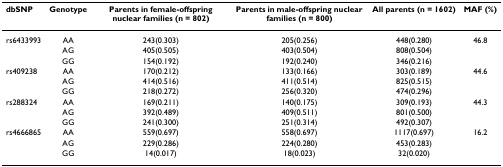
<table><thead><tr><td><b>dbSNP</b></td><td><b>Genotype</b></td><td><b>Parents in female-offspring nuclear families (n = 802)</b></td><td><b>Parents in male-offspring nuclear families (n = 800)</b></td><td><b>All parents (n = 1602)</b></td><td><b>MAF (%)</b></td></tr></thead><tbody><tr><td>rs6433993</td><td>AA</td><td>243(0.303)</td><td>205(0.256)</td><td>448(0.280)</td><td>46.8</td></tr><tr><td>[EMPTY_CELL]</td><td>AG</td><td>405(0.505)</td><td>403(0.504)</td><td>808(0.504)</td><td>[EMPTY_CELL]</td></tr><tr><td>[EMPTY_CELL]</td><td>GG</td><td>154(0.192)</td><td>192(0.240)</td><td>346(0.216)</td><td>[EMPTY_CELL]</td></tr><tr><td>rs409238</td><td>AA</td><td>170(0.212)</td><td>133(0.166)</td><td>303(0.189)</td><td>44.6</td></tr><tr><td>[EMPTY_CELL]</td><td>AG</td><td>414(0.516)</td><td>411(0.514)</td><td>825(0.515)</td><td>[EMPTY_CELL]</td></tr><tr><td>[EMPTY_CELL]</td><td>GG</td><td>218(0.272)</td><td>256(0.320)</td><td>474(0.296)</td><td>[EMPTY_CELL]</td></tr><tr><td>rs288324</td><td>AA</td><td>169(0.211)</td><td>140(0.175)</td><td>309(0.193)</td><td>44.3</td></tr><tr><td>[EMPTY_CELL]</td><td>AG</td><td>392(0.489)</td><td>409(0.511)</td><td>801(0.500)</td><td>[EMPTY_CELL]</td></tr><tr><td>[EMPTY_CELL]</td><td>GG</td><td>241(0.300)</td><td>251(0.314)</td><td>492(0.307)</td><td>[EMPTY_CELL]</td></tr><tr><td>rs4666865</td><td>AA</td><td>559(0.697)</td><td>558(0.697)</td><td>1117(0.697)</td><td>16.2</td></tr><tr><td>[EMPTY_CELL]</td><td>AG</td><td>229(0.286)</td><td>224(0.280)</td><td>453(0.283)</td><td>[EMPTY_CELL]</td></tr><tr><td>[EMPTY_CELL]</td><td>GG</td><td>14(0.017)</td><td>18(0.023)</td><td>32(0.020)</td><td>[EMPTY_CELL]</td></tr></tbody></table>